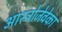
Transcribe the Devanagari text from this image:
आस्ट्रोजेवेका